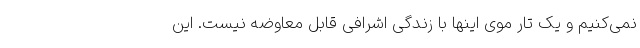
نمی‌کنیم و یک تار موی اینها با زندگی اشرافی قابل معاوضه نیست. این